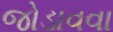
જોડાવવા